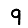
Digit: 9